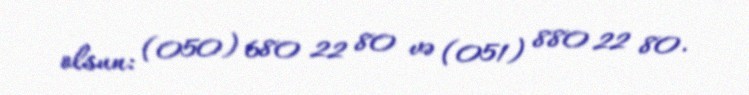
olsun: (050) 680 22 80 və (051) 880 22 80.